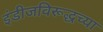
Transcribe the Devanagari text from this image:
इंडीजविरूद्धच्या